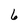
Character: 6